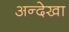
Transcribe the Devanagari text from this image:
अन्देखा